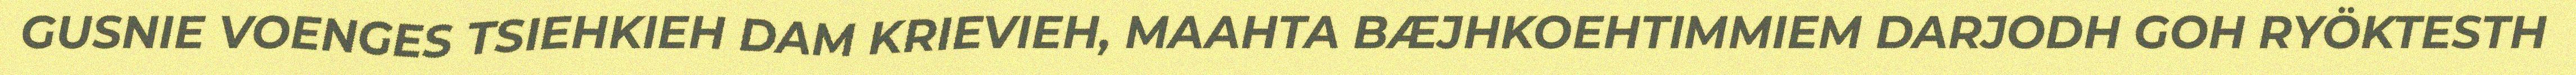
GUSNIE VOENGES TSIEHKIEH DAM KRIEVIEH, MAAHTA BÆJHKOEHTIMMIEM DARJODH GOH RYÖKTESTH